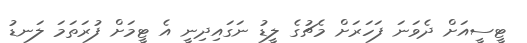
ޓީސީއަށް ދެވަނަ ފަހަރަށް މެޗުގެ ލީޑު ނަގައިދިނީ އެ ޓީމަށް ފުރަތަމަ ލަނޑު